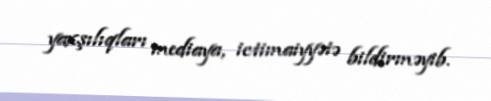
yaxşılıqları mediaya, ictimaiyyətə bildirməyib.